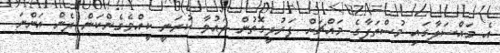
އެ މައްސަލާގައި މުސްތަފާގެ މައްޗަށް ފަރުދީގޮތުން ދައުވާ ކުރަނީ ކީއްވެގެންކަން ދެން އަންނަ